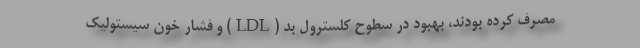
مصرف کرده بودند، بهبود در سطوح کلسترول بد (LDL) و فشار خون سیستولیک